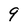
Character: 9